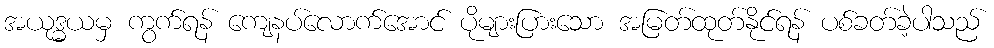
အယုဒ္ဓယမှ ကွက်ရန် ကျေနပ်လောက်အောင် ပိုများပြားသော အမြတ်ထုတ်နိုင်ရန် ပစ်ခတ်ခဲ့ပါသည်